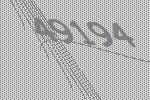
49194